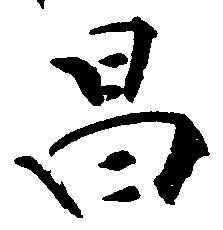
昌